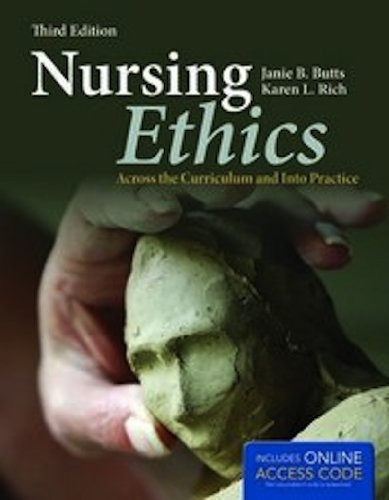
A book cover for Nursing Ethics: Across the Curriculum and Into Practice; Janie B. Butts; Medical Books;